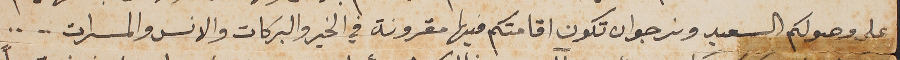
على وصولكم السعيد ونرجو ان تكون اقامتكم فيها مقرونة في الخير والبركات والانس والمسرات ... ..